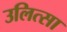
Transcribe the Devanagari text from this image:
उलित्सा